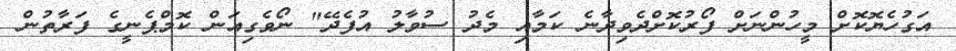
އަގުހެޔޮކޮށް މީހުންނަށް ފޯރުކޮށްދެވިދާނެ ކަމާއި މެދު ސުވާލު އުފެދޭ" ނޯވެގިއަން ކޮމްޕެނީގެ ފަރާތުން